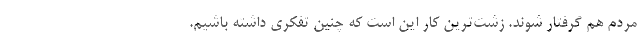
مردم هم گرفتار شوند. زشت‌ترین کار این است که چنین تفکری داشته باشیم.